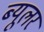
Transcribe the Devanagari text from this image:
ब्यूलर